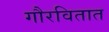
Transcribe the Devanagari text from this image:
गौरवितात